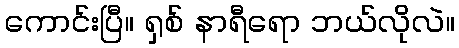
ကောင်းပြီ။ ရှစ် နာရီရော ဘယ်လိုလဲ။